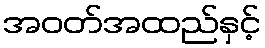
အဝတ်အထည်နှင့်